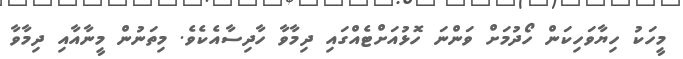
މީހަކު ހިޔާވަހިކަން ހޯދުމަށް ވަންނަ ހޮޅުއަށްޓެއްގައި ދިމާވާ ހާދިސާއެކެވެ. މިތަނުން މީނާއާއި ދިމާވާ